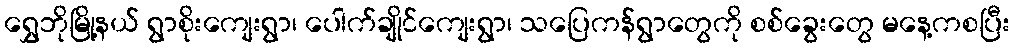
ရွှေဘိုမြို့နယ် ရွာစိုးကျေးရွာ၊ ပေါက်ချိုင်ကျေးရွာ၊ သပြေကန်ရွာတွေကို စစ်ခွေးတွေ မနေ့ကစပြီး